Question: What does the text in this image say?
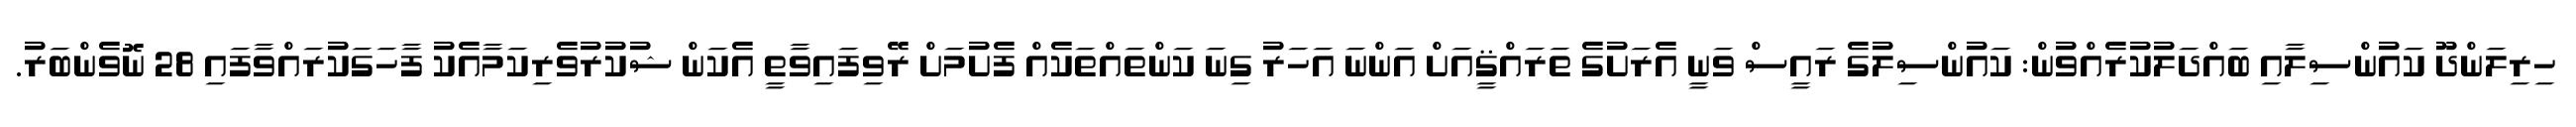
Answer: ހިރިލަންދޫ ކައުންސިލާއި ބައްދަލުކުރެއްވުން: ކައުންސިލުގެ ރައީސް ވަނީ އެރަށުގެ ތަރައްޤީއަށް އަންނަ އަހަރު ގިނަ ކަންތައްތަކެއް ފެށުމަށް ރޭވިފައިވާތީ އެކަން ޝުކުރުވެރިކަމާއެކު ފާހަގަކުރައްވާފައި 28 ނޮވެންބަރު.